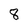
Character: 8